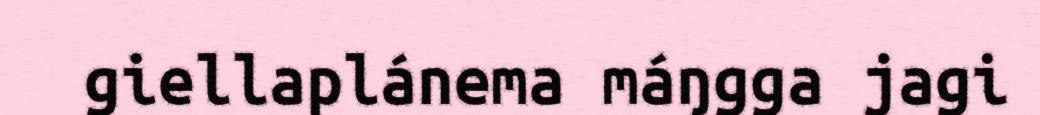
giellaplánema máŋgga jagi